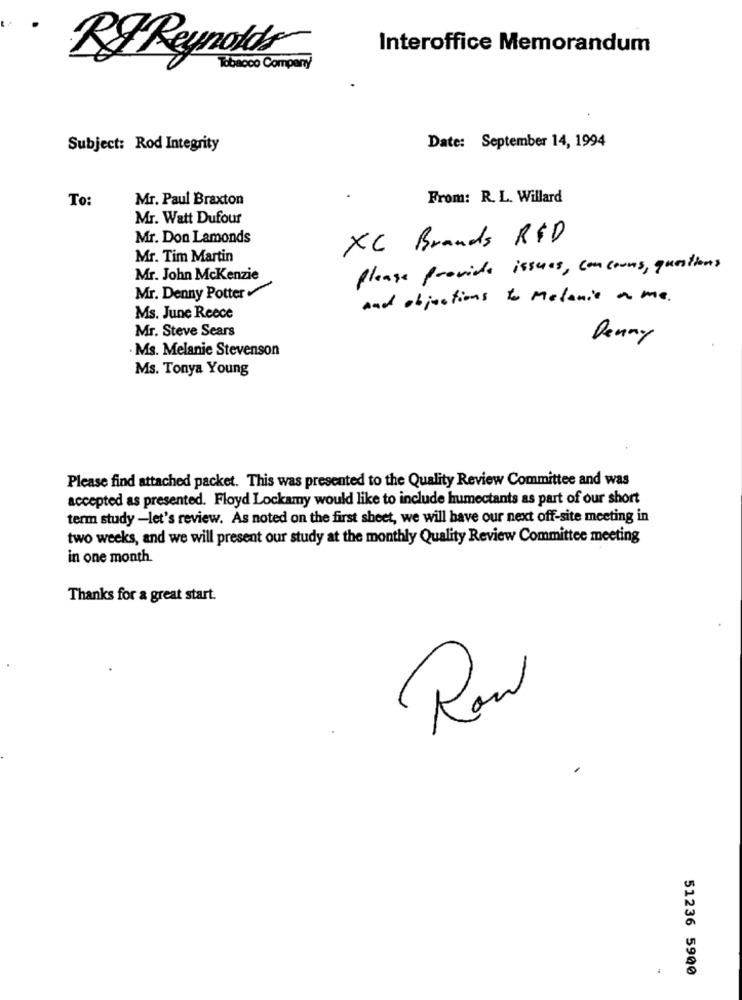
Interoffice Memorandum
RJ Reynolds
Tobacco Comparty
Subject: Rod Integrity
Date: September 14, 1994
To:
Mr. Paul Braxton
From: R. L. Willard
Mr. Watt Dufour
Mr. Don Lamonds
XC Brands R$D
Mr. Tim Martin
Please provide issues, concours, questions
Mr. John McKenzie
Mr. Denny Potter
and objections to Melanie a me .
Ms. June Reece
Mr. Steve Sears
Denny
Ms. Melanie Stevenson
Ms. Tonya Young
Please find attached packet. This was presented to the Quality Review Committee and was
accepted as presented. Floyd Lockamy would like to include humectants as part of our short
term study -let's review. As noted on the first sheet, we will have our next off-site meeting in
two weeks, and we will present our study at the monthly Quality Review Committee meeting
in one month.
Thanks for a great start.
Row
51236 5900